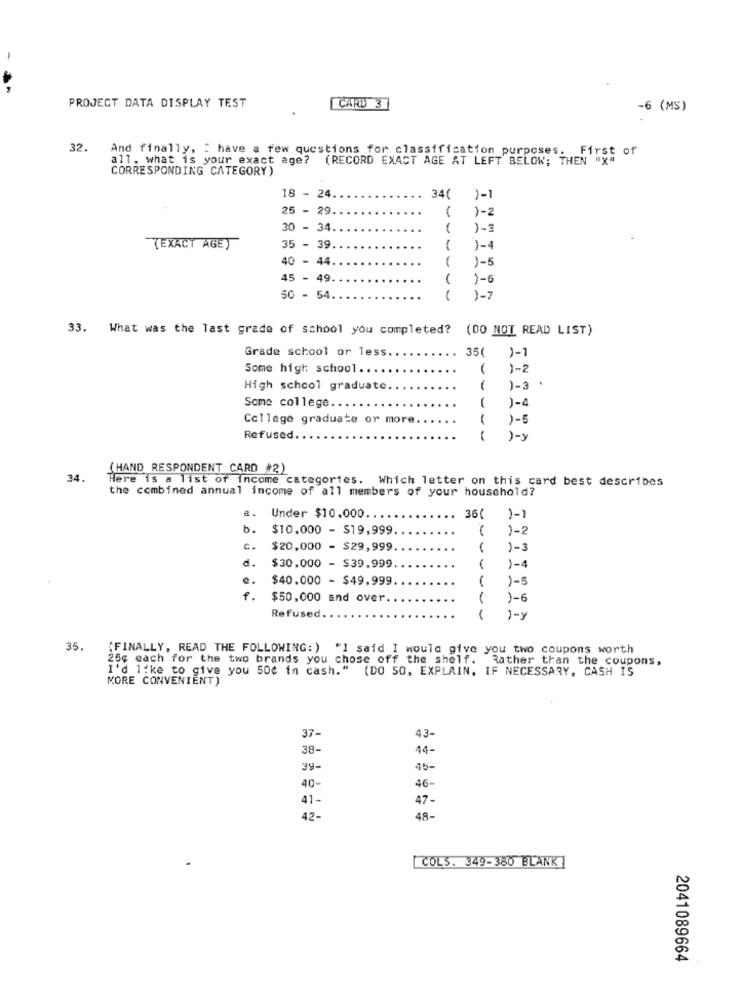
-
PROJECT DATA DISPLAY TEST
CARD 3
-6 (MS)
32.
And finally, : have a few questions for classification purposes. First of
all, what is your exact age?
(RECORD EXACT AGE AT LEFT BELOW; THEN "X"
CORRESPONDING CATEGORY)
18 - 24
34(
1-1
25 - 29
)-
30 - 34
1.
---
(EXACT AGET
35 - 39
-
)-4
40 - 44
)-5
45 - 49
50 - 54.
--
1-7
33. What was the last grade of school you completed? (DO NOT READ LIST)
Grade school or less.
35( )-1
Some high school.
( )-2
High school graduate.
)-3 .
Some college.
)-4
College graduate or more
)-5
Refused.
)-y
(HAND RESPONDENT CARD #2)
34.
Here is a list of income categories. Which letter on this card best describes
the combined annual income of all members of your household?
a.
Under $10,000.
36(
)-1
b.
$10.000 - $19,999
)-2
C.
$20,000 - $29,999
1-3
d.
$30,000 - $39.999
)-4
e.
$40.000 - $49,999
1
--
1-5
f.
$50,000 and over.
-
1-6
Refused
1-y
35.
(FINALLY, READ THE FOLLOWING: ) "1 said I would give you two coupons worth
25g each for the two brands you chose off the shelf. Rather than the coupons,
I'd like to give you 500 in cash." (DO SO, EXPLAIN, IF NECESSARY, CASH IS
MORE CONVENIENT)
37-
43-
38-
44-
39-
45-
40-
46-
41-
47-
42-
48-
COLS. 349-380 BLANK ]
2041089664